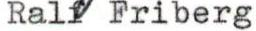
Ralf Friberg